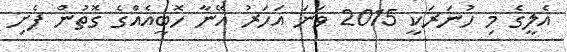
އެލީގެ މި ހުނަރަކީ 2015 ވަނަ އަހަރު އޭނާ ހޮބީއެއްގެ ގޮތުން ފެށި